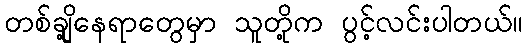
တစ်ချို့နေရာတွေမှာ သူတို့က ပွင့်လင်းပါတယ်။